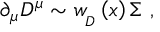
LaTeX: \, \partial _ { \mu } { \cal D } ^ { \mu } \sim w _ { _ D } \left( x \right) \Sigma \, \, ,